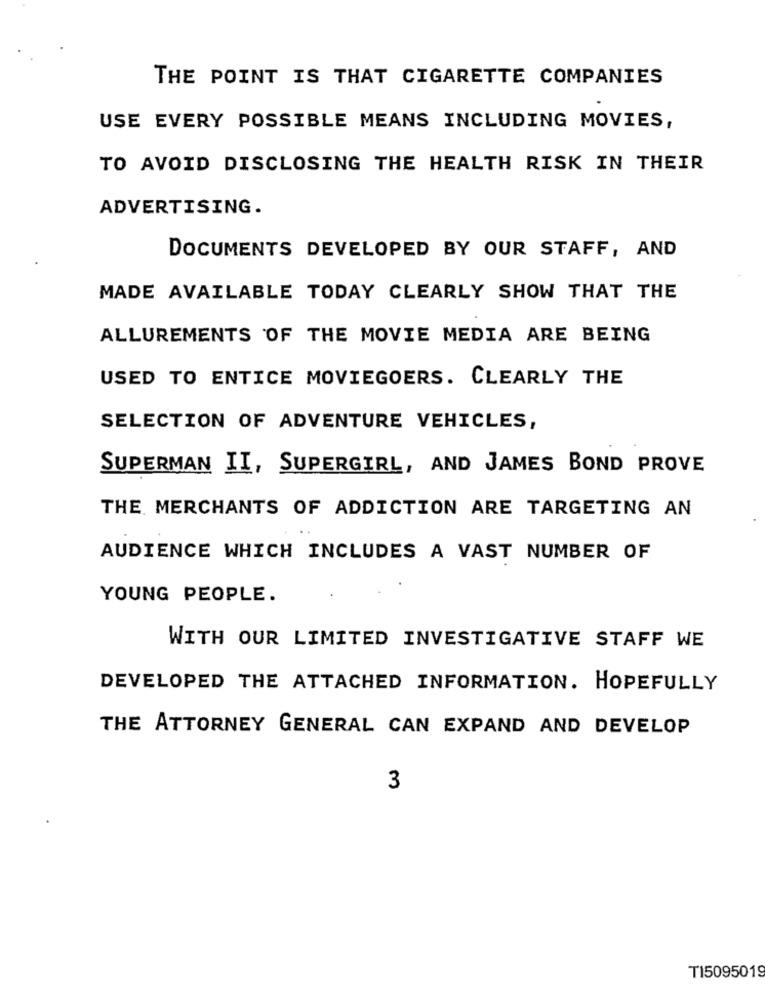
THE POINT IS THAT CIGARETTE COMPANIES
USE EVERY POSSIBLE MEANS INCLUDING MOVIES,
TO AVOID DISCLOSING THE HEALTH RISK IN THEIR
ADVERTISING.
DOCUMENTS DEVELOPED BY OUR STAFF, AND
MADE AVAILABLE TODAY CLEARLY SHOW THAT THE
ALLUREMENTS OF THE MOVIE MEDIA ARE BEING
USED TO ENTICE MOVIEGOERS. CLEARLY THE
SELECTION OF ADVENTURE VEHICLES,
SUPERMAN II, SUPERGIRL, AND JAMES BOND PROVE
THE MERCHANTS OF ADDICTION ARE TARGETING AN
AUDIENCE WHICH INCLUDES A VAST NUMBER OF
YOUNG PEOPLE.
WITH OUR LIMITED INVESTIGATIVE STAFF WE
DEVELOPED THE ATTACHED INFORMATION. HOPEFULLY
THE ATTORNEY GENERAL CAN EXPAND AND DEVELOP
3
T15095019